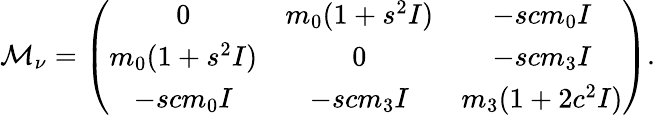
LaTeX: {\cal M}_{\nu}=\left(\begin{array}{ccc}{{0}}&{{m_{0}(1+s^{2}I)}}&{{-scm_{0}I}}\\ {{m_{0}(1+s^{2}I)}}&{{0}}&{{-scm_{3}I}}\\ {{-scm_{0}I}}&{{-scm_{3}I}}&{{m_{3}(1+2c^{2}I)}}\end{array}\right).